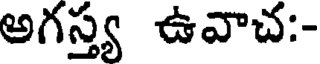
అగస్త్య ఉవాచ:-